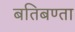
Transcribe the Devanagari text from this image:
बतिबण्ता